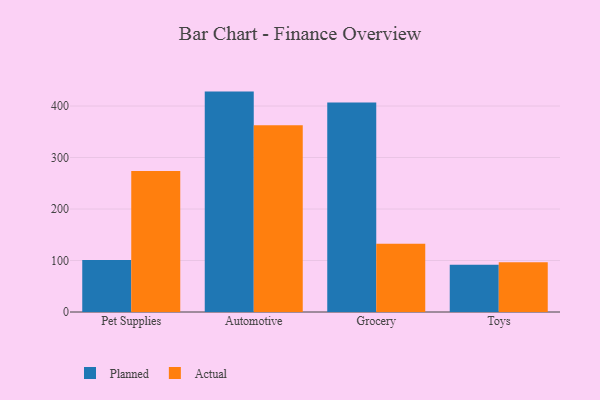
{"axis": {"x": "Category", "y": "Energy Usage (MWh)"}, "legend": ["Actual", "Planned"], "data": [{"x": "Pet Supplies", "y": 100.9, "type": "Planned"}, {"x": "Pet Supplies", "y": 273.9, "type": "Actual"}, {"x": "Automotive", "y": 428.0, "type": "Planned"}, {"x": "Automotive", "y": 362.8, "type": "Actual"}, {"x": "Grocery", "y": 407.0, "type": "Planned"}, {"x": "Grocery", "y": 132.6, "type": "Actual"}, {"x": "Toys", "y": 91.9, "type": "Planned"}, {"x": "Toys", "y": 96.8, "type": "Actual"}]}